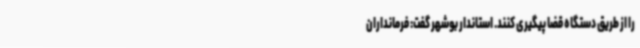
را از طریق دستگاه قضا پیگیری کنند. استاندار بوشهر گفت: فرمانداران